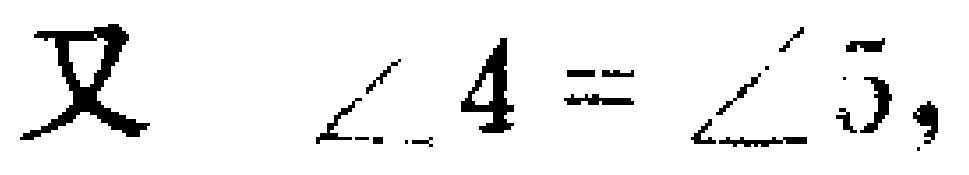
又 $\angle 4 = \angle 5,$